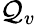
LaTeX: \mathcal{Q}_{v}